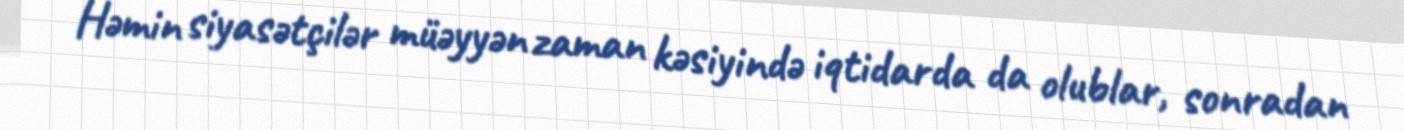
Həmin siyasətçilər müəyyən zaman kəsiyində iqtidarda da olublar, sonradan